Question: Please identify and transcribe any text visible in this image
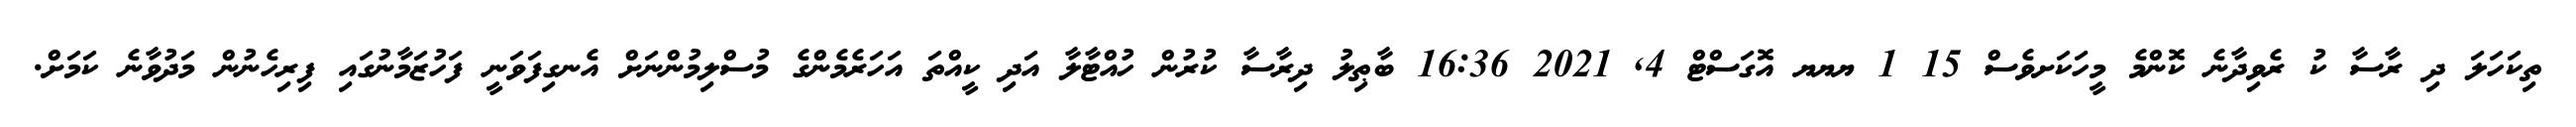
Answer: ތިކަހަލަ ދި ރާސާ ކު ރެވިދާނެ ކޮންމެ މީހަކަށވެސް 15 1 ޔޔޔ އޮގަސްޓް 4, 2021 16:36 ބާޠިލު ދިރާސާ ކުރުން ހުއްޓާލާ އަދި ކީއްތަ އަހަރެމެންގެ މުސްލިމުންނަށް އެނގިފަވަނީ ފަހުޒަމާނުގައި ފިރިހެނުން މަދުވާނެ ކަމަށް.